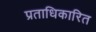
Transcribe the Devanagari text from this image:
प्रताधिकारित